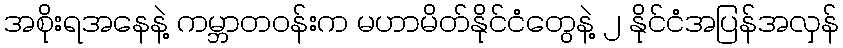
အစိုးရအနေနဲ့ ကမ္ဘာတဝန်းက မဟာမိတ်နိုင်ငံတွေနဲ့ ၂ နိုင်ငံအပြန်အလှန်